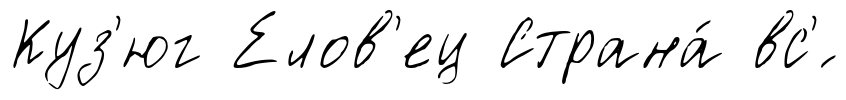
Куз'юг Елов'ец Страна́ вс'́